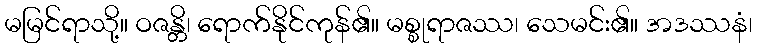
မမြင်ရာသို့။ ဝဇန္တိ၊ ရောက်နိုင်ကုန်၏။ မစ္စုရာဇဿ၊ သေမင်း၏။ အဒဿနံ၊